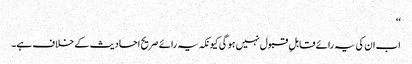
‘‘
اب ان کی یہ رائے قابلِ قبول نہیں ہو گی کیونکہ یہ رائے صریح احادیث کے خلاف ہے۔